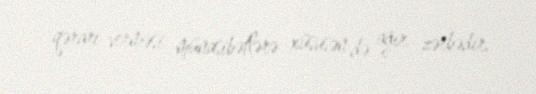
qərarı verməsi münasibətlərə xüsusən də ağır zərbədir.